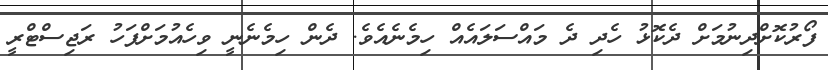
ފޯރުކޮށްދިނުމަށް ދެކޮޅު ހެދި ދެ މައްސަލައެއް ހިމެނެއެވެ. ދެން ހިމެނެނީ ވިހެއުމަށްފަހު ރަޖިސްޓްރީ